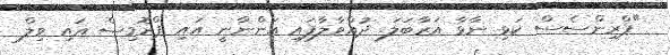
"ޕްރިންސެސް ކަޅި ނާޅާ އަރާބަލަ. ދުއްވާލާފައި އަންނާނީ އައި ޕްރޮމިސް އައި ވިލް